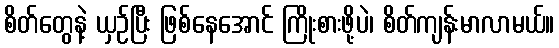
စိတ်တွေနဲ့ ယှဉ်ပြီး ဖြစ်နေအောင် ကြိုးစားဖို့ပဲ၊ စိတ်ကျန်းမာလာမယ်။